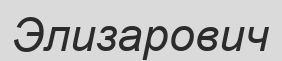
Элизарович